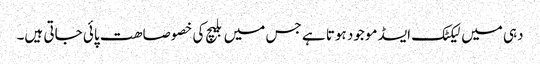
دہی میں لیکٹک ایسڈ موجود ہوتا ہے جس میں بلیچ کی خصوصاھت پائی جاتی ہیں۔